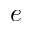
e